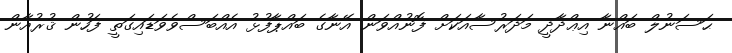
ޙަސަނުލް ބައްނާ އިޢްދާދީ މަދަރުސާއަކަށް ފޮނުއްވަން އޭނާގެ ބައްޕާފުޅު އެއްބަސްވެވަޑައިގަތީ ފަހުން ޤުރުއާން